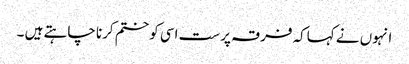
انہوں نے کہاکہ فرقہ پرست اسی کو ختم کرنا چاہتے ہیں ۔